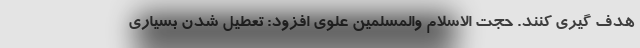
هدف گیری کنند. حجت الاسلام والمسلمین علوی افزود: تعطیل شدن بسیاری